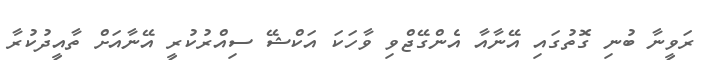
ރަވީނާ ބުނި ގޮތުގައި އޭނާއާ އެންގޭޖްވި ވާހަކަ އަކްޝޭ ސިއްރުކުރީ އޭނާއަށް ތާއީދުކުރާ